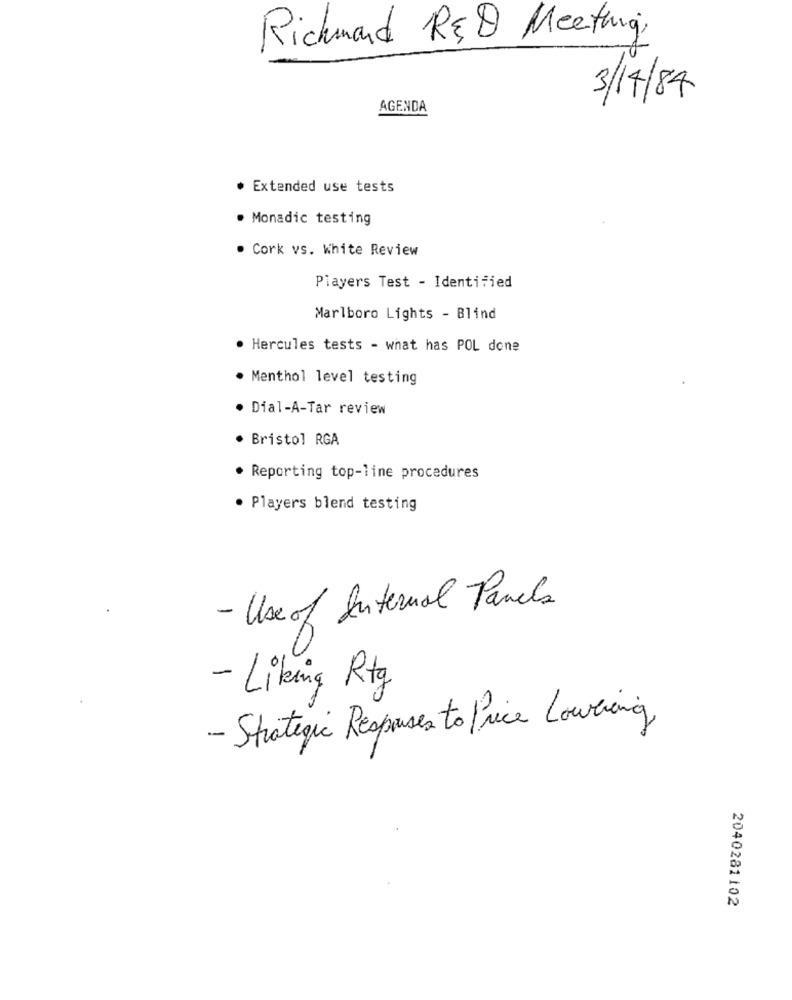
Richmond RED Meeting,
3/14/84
AGENDA
· Extended use tests
. Monadic testing
Cork vs. White Review
Players Test - Identified
Marlboro Lights - Blind
Hercules tests - what has POL done
Menthol level testing
Dial-A-Tar review
· Bristol RGA
· Reporting top-line procedures
. Players blend testing
- Use of Internal Panels
- Liking Rtg
- Strategic Responses to Price Lowering
2040281102